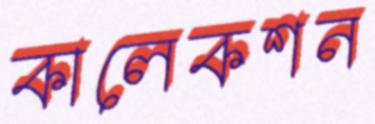
কালেকশন